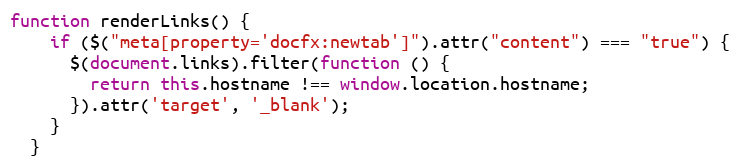
Language: JavaScript
function renderLinks() {
    if ($("meta[property='docfx:newtab']").attr("content") === "true") {
      $(document.links).filter(function () {
        return this.hostname !== window.location.hostname;
      }).attr('target', '_blank');
    }
  }